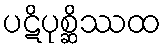
ပဋိပုစ္ဆိဿထ